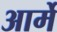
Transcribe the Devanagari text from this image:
आर्मे